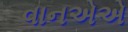
વાનએએ